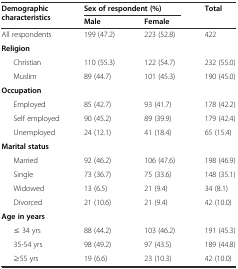
| <ROWSPAN=2> Demographic characteristics | <COLSPAN=2> Sex of respondent (%) | <ROWSPAN=2> Total |
 | Male | Female |
 | --- | --- | --- | --- |
 | All respondents | 199 (47.2) | 223 (52.8) | 422 |
 | Religion |  |  |  |
 | Christian | 110 (55.3) | 122 (54.7) | 232 (55.0) |
 | Muslim | 89 (44.7) | 101 (45.3) | 190 (45.0) |
 | Occupation |  |  |  |
 | Employed | 85 (42.7) | 93 (41.7) | 178 (42.2) |
 | Self employed | 90 (45.2) | 89 (39.9) | 179 (42.4) |
 | Unemployed | 24 (12.1) | 41 (18.4) | 65 (15.4) |
 | Marital status |  |  |  |
 | Married | 92 (46.2) | 106 (47.6) | 198 (46.9) |
 | Single | 73 (36.7) | 75 (33.6) | 148 (35.1) |
 | Widowed | 13 (6.5) | 21 (9.4) | 34 (8.1) |
 | Divorced | 21 (10.6) | 21 (9.4) | 42 (10.0) |
 | Age in years |  |  |  |
 | ≤ 34 yrs | 88 (44.2) | 103 (46.2) | 191 (45.3) |
 | 35-54 yrs | 98 (49.2) | 97 (43.5) | 189 (44.8) |
 | ≥55 yrs | 19 (6.6) | 23 (10.3) | 42 (10.0) |